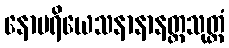
နောပရိယေသနာနာနတ္တသုတ္တံ